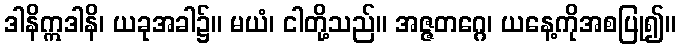
ဒါနိဣဒါနိ၊ ယခုအခါ၌။ မယံ၊ ငါတို့သည်။ အဇ္ဇတဂ္ဂေ၊ ယနေ့ကိုအစပြု၍။